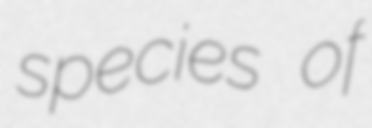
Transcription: species of